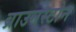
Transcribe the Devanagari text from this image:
ब्राउनस्टोन